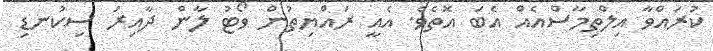
ކުރައްވާ އިލްތިމާސްއެއް އެބަ އޮތެވެ. އެއީ ރައްޔިތުން ވޯޓު ލާން ދާއިރު ސިކުނޑި